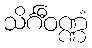
သိင်္ဂီဝဏ္ဏံ